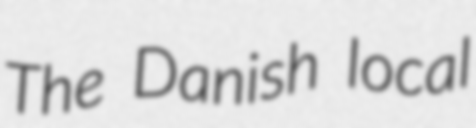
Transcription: The Danish local